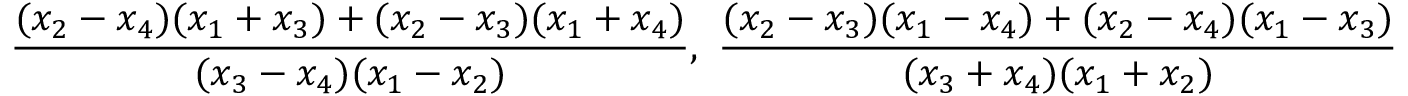
\displaystyle \frac { ( x _ { 2 } - x _ { 4 } ) ( x _ { 1 } + x _ { 3 } ) + ( x _ { 2 } - x _ { 3 } ) ( x _ { 1 } + x _ { 4 } ) } { ( x _ { 3 } - x _ { 4 } ) ( x _ { 1 } - x _ { 2 } ) } , \ \frac { ( x _ { 2 } - x _ { 3 } ) ( x _ { 1 } - x _ { 4 } ) + ( x _ { 2 } - x _ { 4 } ) ( x _ { 1 } - x _ { 3 } ) } { ( x _ { 3 } + x _ { 4 } ) ( x _ { 1 } + x _ { 2 } ) }